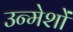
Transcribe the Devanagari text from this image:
उन्मेशों